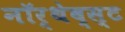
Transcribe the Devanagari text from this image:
नॉर्थेव्स्ट